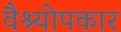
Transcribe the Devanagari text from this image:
वैश्योपकार